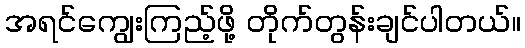
အရင်ကျွေးကြည့်ဖို့ တိုက်တွန်းချင်ပါတယ်။